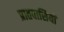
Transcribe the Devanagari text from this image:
प्रातवासियों